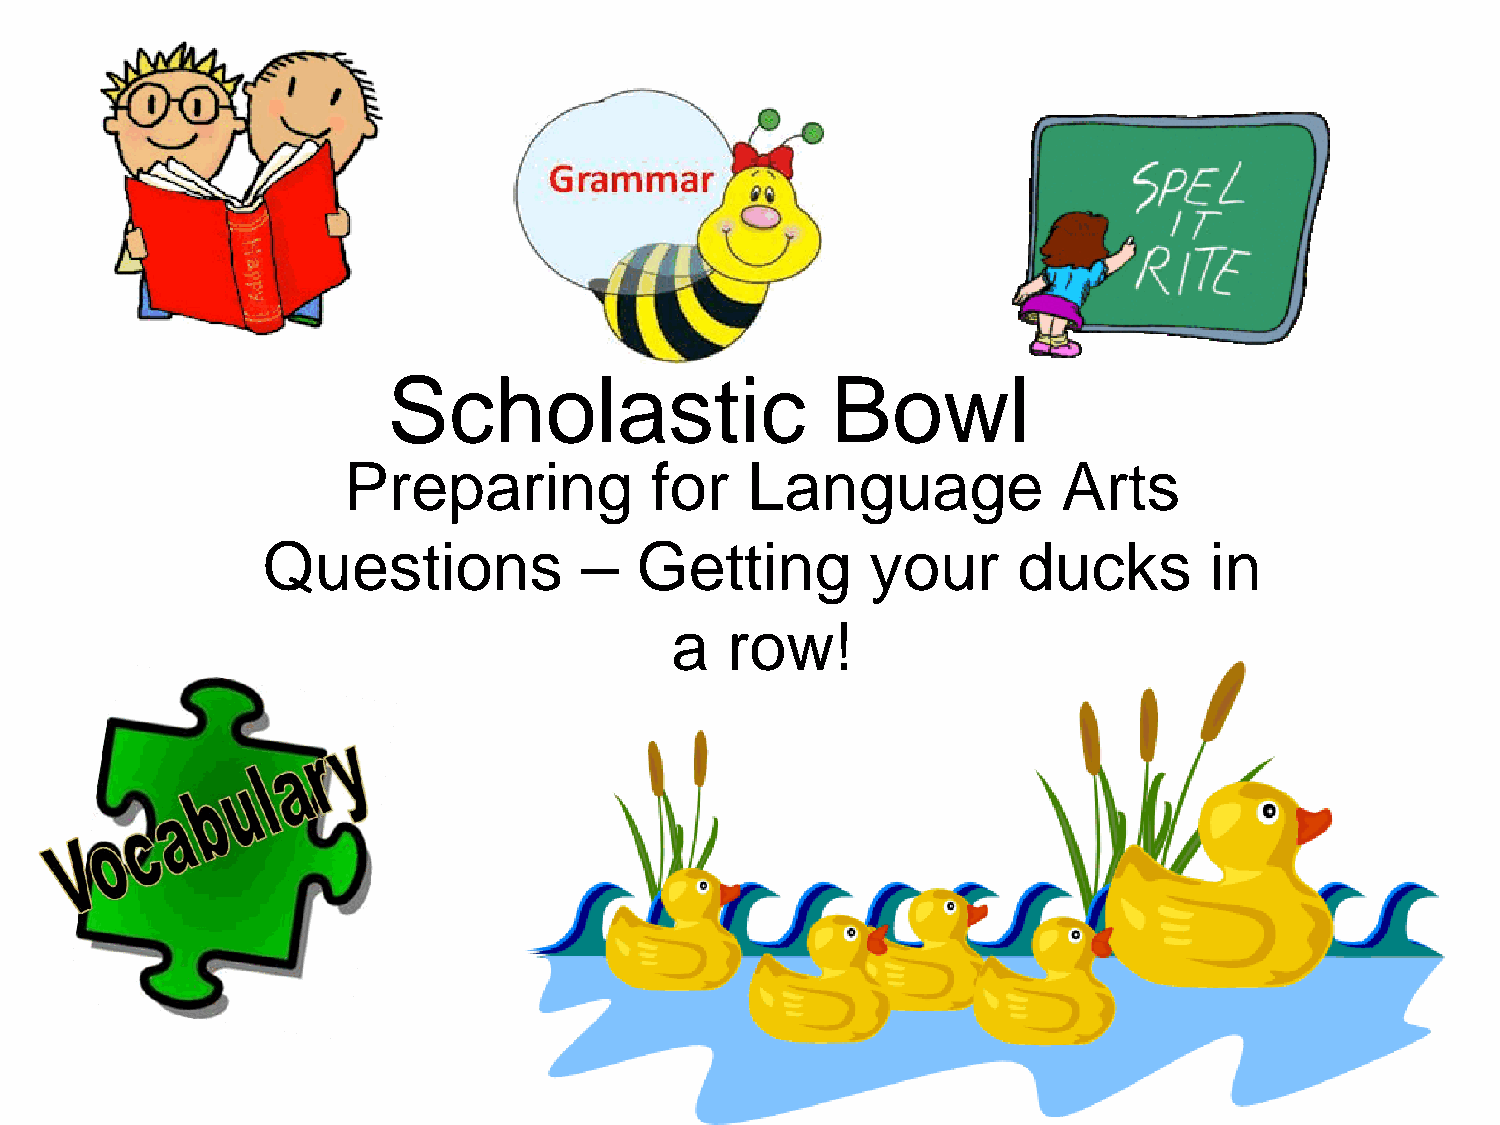
Scholastic                   Bowl
 Preparing           for   Language             Arts
 Questions            –   Getting         your     ducks        in
 a   row!